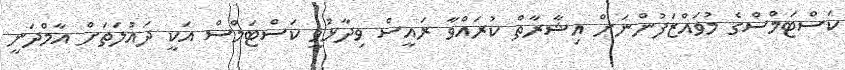
ކަސްޓަމްސްގެ މުވައްޒަފުންނަށް އިޝާރާތް ކުރައްވާ ރައީސް ވިދާޅުވީ ކަސްޓަމްސް އަކީ ދައުލަތަށް އާމްދަނީ